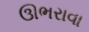
ઊભરાવા